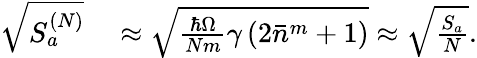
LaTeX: \begin{array}{rl}{\sqrt{S_{a}^{(N)}}}&{{}\approx\sqrt{\frac{\hbar\Omega}{Nm}\gamma\left(2\bar{n}^{m}+1\right)}\approx\sqrt{\frac{S_{a}}{N}}.}\end{array}